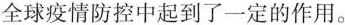
全球疫情防控中起到了一定的作用。